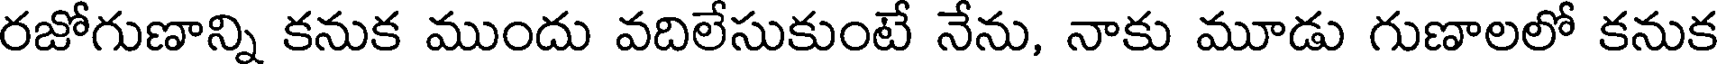
రజోగుణాన్ని కనుక ముందు వదిలేసుకుంటే నేను, నాకు మూడు గుణాలలో కనుక